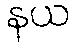
နယ